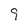
Character: 9